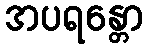
အပရန္တော